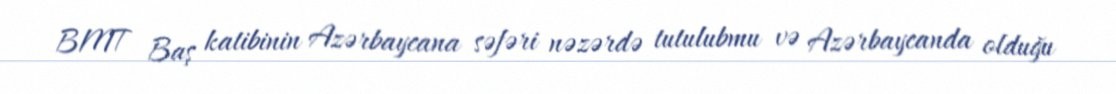
BMT Baş katibinin Azərbaycana səfəri nəzərdə tutulubmu və Azərbaycanda olduğu